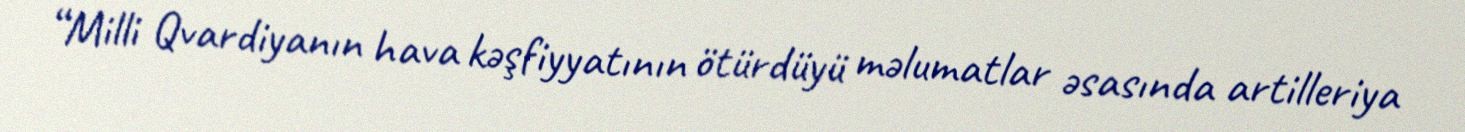
“Milli Qvardiyanın hava kəşfiyyatının ötürdüyü məlumatlar əsasında artilleriya